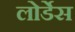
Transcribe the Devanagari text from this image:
लोर्डेस